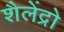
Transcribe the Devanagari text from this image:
शैलेंद्रो